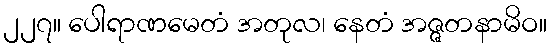
၂၂၇။ ပေါရာဏမေတံ အတုလ၊ နေတံ အဇ္ဇတနာမိဝ။